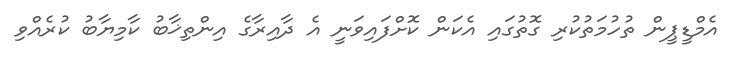
އެމްޑީޕީން ތުހުމަތުކުރި ގޮތުގައި އެކަން ކޮށްފައިވަނީ އެ ދާއިރާގެ އިންތިޚާބު ކާމިޔާބު ކުރެއްވި